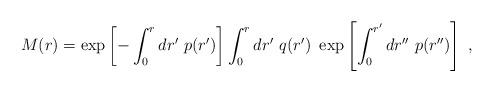
LaTeX: \begin{align*}M(r)=\exp\left[-\int_0^r dr'\ p(r')\right]\int_0^r dr'\ q(r')\ \exp\left[\int_0^{r'} dr''\ p(r'')\right] \ ,\end{align*}